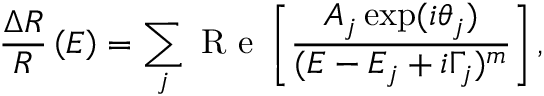
\frac { \Delta { R } } { R } \left( E \right) = \sum _ { j } \mathrm { ~ R ~ e ~ } \left[ \frac { A _ { j } \exp ( i \theta _ { j } ) } { ( E - E _ { j } + i \Gamma _ { j } ) ^ { m } } \right] ,